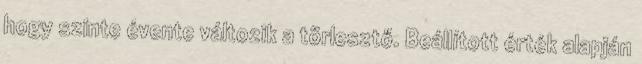
hogy szinte évente változik a törlesztő. Beállított érték alapján